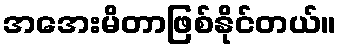
အအေးမိတာဖြစ်နိုင်တယ်။